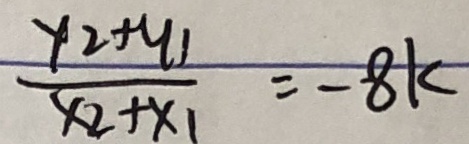
\frac { y _ { 2 } + y _ { 1 } } { x _ { 2 } + x _ { 1 } } = - 8 k